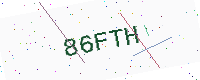
Text: 86FTH